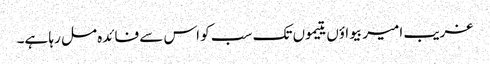
غریب امیر بیواؤں یتیموں تک سب کو اس سے فائدہ مل رہا ہے۔